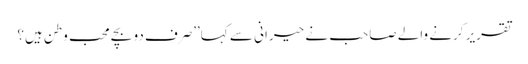
تقریر کرنے والے صاحب نے حیرانی سے کہا’’صرف دو بچے محب وطن ہیں؟